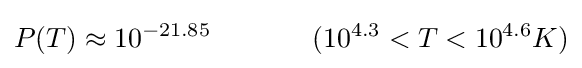
P(T)\approx 10^{-21.85}~~~~~~~~~~~(10^{4.3}<T<10^{4.6}K)